Civil Veterinary Dept. Assam report 1927-50 - 1927-1950
Year: 1927
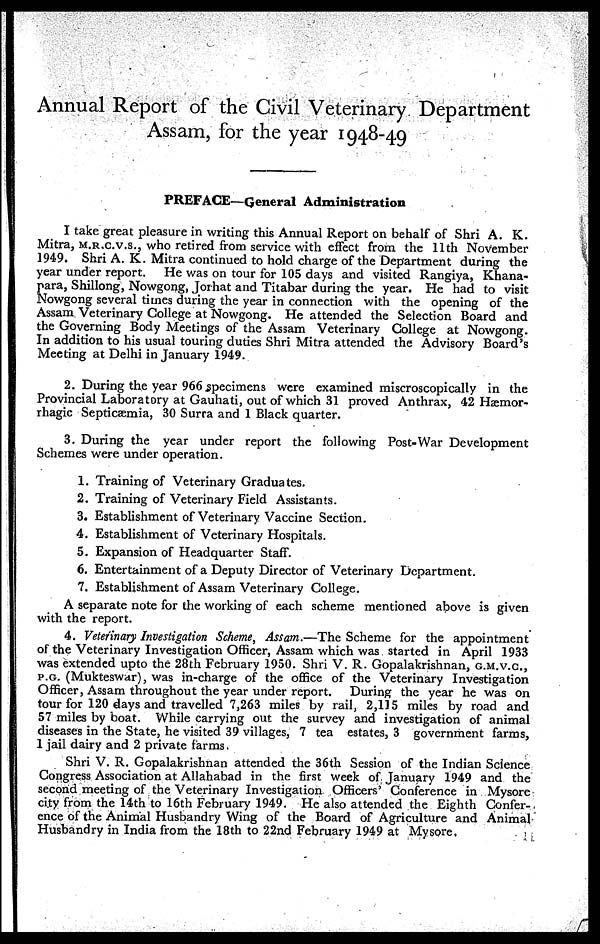
Annual Report of the Civil Veterinary Department
Assam, for the year 1948-49
PREFACE—General Administration
I take great pleasure in writing this Annual Report on behalf of Shri A. K.
Mitra, M.R.C.V.S., who retired from service with effect from the 11th November
1949. Shri A. K. Mitra continued to hold charge of the Department during the
year under report.
He was on tour for 105 days and visited Rangiya, Khana-
para, Shillong, Nowgong, Jorhat and Titabar during the year. He had to visit
Nowgong several times during the year in connection with the opening of the
Assam Veterinary College at Nowgong. He attended the Selection Board and
the Governing Body Meetings of the Assam Veterinary College at Nowgong.
In addition to his usual touring duties Shri Mitra attended the Advisory Board's
Meeting at Delhi in January 1949.
2. During the year 966 specimens were examined miscroscopically in the
Provincial Laboratory at Gauhati, out of which 31 proved Anthrax, 42 Hæmor-
rhagic Septicaemia, 30 Surra and 1 Black quarter.
3. During the year under report the following Post-War Development
Schemes were under operation.
1. Training of Veterinary Graduates.
2. Training of Veterinary Field Assistants.
3. Establishment of Veterinary Vaccine Section.
4. Establishment of Veterinary Hospitals.
5. Expansion of Headquarter Staff.
6. Entertainment of a Deputy Director of Veterinary Department.
7. Establishment of Assam Veterinary College.
A separate note for the working of each scheme mentioned above is given
with the report.
4. Veterinary Investigation Scheme, Assam.—The Scheme for the appointment
of the Veterinary Investigation Officer, Assam which was started in April 1933
was extended upto the 28th February 1950. Shri V. R. Gopalakrishnan, G.M.V.C,
P.G. (Mukteswar), was in-charge of the office of the Veterinary Investigation
Officer, Assam throughout the year under report. During the year he was on
tour for 120 days and travelled 7,263 miles by rail, 2,115 miles by road and
57 miles by boat. While carrying out the survey and investigation of animal
diseases in the State, he visited 39 villages, 7 tea estates, 3 government farms,
1 jail dairy and 2 private farms.
Shri V. R. Gopalakrishnan attended the 36th Session of the Indian Science
Congress Association at Allahabad in the first week of January 1949 and the
second meeting of the Veterinary Investigation Officers' Conference in Mysore
city from the 14th to 16th February 1949. He also attended the Eighth Confer-
ence of the Animal Husbandry Wing of the Board of Agriculture and Animal
Husbandry in India from the 18th to 22nd February 1949 at Mysore.